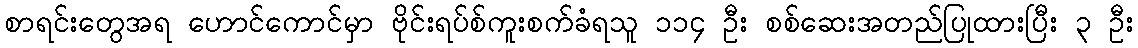
စာရင်းတွေအရ ဟောင်ကောင်မှာ ဗိုင်းရပ်စ်ကူးစက်ခံရသူ ၁၁၄ ဦး စစ်ဆေးအတည်ပြုထားပြီး ၃ ဦး